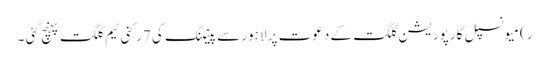
ر) میونسپل کارپوریشن گلگت کے دعوت پر لاہور سے پینٹنگ کی 7رکنی ٹیم گلگت پہنچ گئی ۔